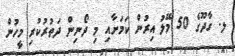
ލ. ގާދޫގެ 50 މޭލު އިރުން ކަމަށާއި މި ދޯނިން ދަތުރުކުރި މީހުން